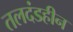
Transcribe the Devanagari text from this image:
तलदंडहीन